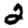
Digit: 2